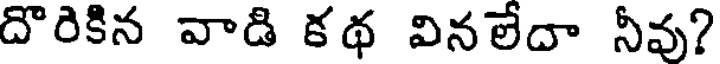
దొరికిన వాడి కథ వినలేదా నీవు?